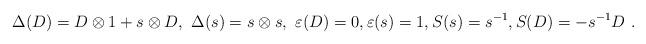
LaTeX: \begin{align*}\Delta(D)=D\otimes 1+s\otimes D,~\Delta(s)=s\otimes s,~\varepsilon(D)=0,\varepsilon(s)=1, S(s)=s^{-1},S(D)=-s^{-1}D\ .\end{align*}